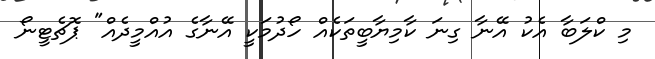
މި ކްލަބާ އެކު އޭނާ ގިނަ ކާމިޔާބީތަކެއް ހޯދުމަކީ އޭނާގެ އުއްމީދެއް" ޕޮޗެޓީނޯ